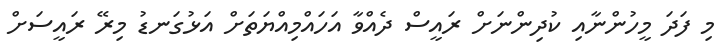
މި ފަދަ މީހުންނާއި ކުދިންނަށް ރައީސް ދެއްވާ އަހައްމިއްޔަތަށް އަޅުގަނޑު މިރޭ ރައީސަށް